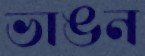
ভাঙন